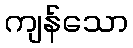
ကျန်သော